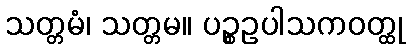
သတ္တမံ၊ သတ္တမ။ ပဉ္စဥပါသကဝတ္ထု